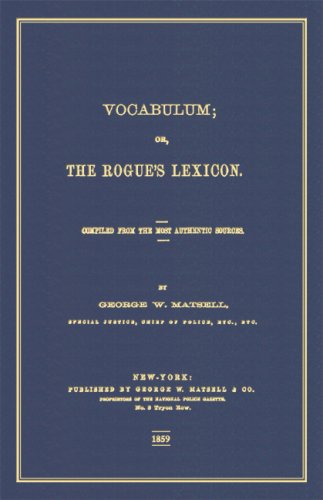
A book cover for Vocabulum: Or, The Rogue's Lexicon; George W. Matsell (Compiler); Law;